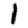
Digit: 1